Madras plague regulations in force outside the Presidency town - Volume 2
Disease focus: Plague
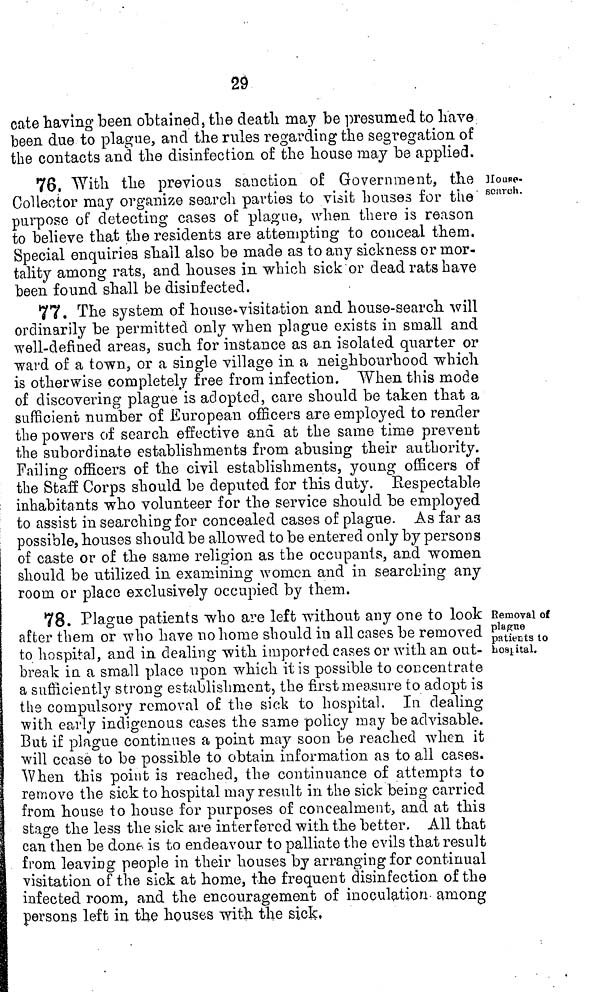
29
cate having been obtained, the death may be presumed to have
been due to plague, and the rules regarding the segregation of
the contacts and the disinfection of the house may be applied.
Ilouse-
search.
76, With the previous sanction of Government, the
Collector may organize search parties to visit houses for the
purpose of detecting cases of plague, when there is reason
to believe that the residents are attempting to conceal them.
Special enquiries shall also be made as to any sickness or mor-
tality among rats, and houses in which sick or dead rats have
been found shall be disinfected.
77. The system of house-visitation and house-search will
ordinarily be permitted only when plague exists in small and
well-defined areas, such for instance as an isolated quarter or
ward of a town, or a single village in a neighbourhood which
is otherwise completely free from infection. When this mode
of discovering plague is adopted, care should be taken that a
sufficient number of European officers are employed to render
the powers of search effective and at the same time prevent
the subordinate establishments from abusing their authority.
Failing officers of the civil establishments, young officers of
the Staff Corps should be deputed for this duty. Eespectable
inhabitants who volunteer for the service should be employed
to assist in searching for concealed cases of plague. As far as
possible, houses should be allowed to be entered only by persons
of caste or of the same religion as the occupants, and women
should be utilized in examining women and in searching any
room or place exclusively occupied by them.
Removal of
plague
patients to
hospital.
78. Plague patients who are left without any one to look
after them or who have no home should in all cases be removed
to hospital, and in dealing with imported cases or with an out-
break in a small place upon which it is possible to concentrate
a sufficiently strong establishment, the first measure to adopt is
the compulsory removal of the sick to hospital. In dealing
with early indigenous cases the same policy may be advisable.
But if plague continues a point may soon be reached when it
will cease to be possible to obtain information as to all cases.
When this point is reached, the continuance of attempts to
remove the sick to hospital may result in the sick being carried
from house to house for purposes of concealment, and at this
stage the less the sick are interfered with the better. All that
can then be done is to endeavour to palliate the evils that result
from leaving people in their houses by arranging for continual
visitation of the sick at home, the frequent disinfection of the
infected room, and the encouragement of inoculation among
persons left in the houses with the sick,